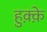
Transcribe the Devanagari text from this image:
हुक़्क़े